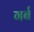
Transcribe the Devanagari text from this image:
गर्ब